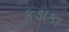
કડાકા